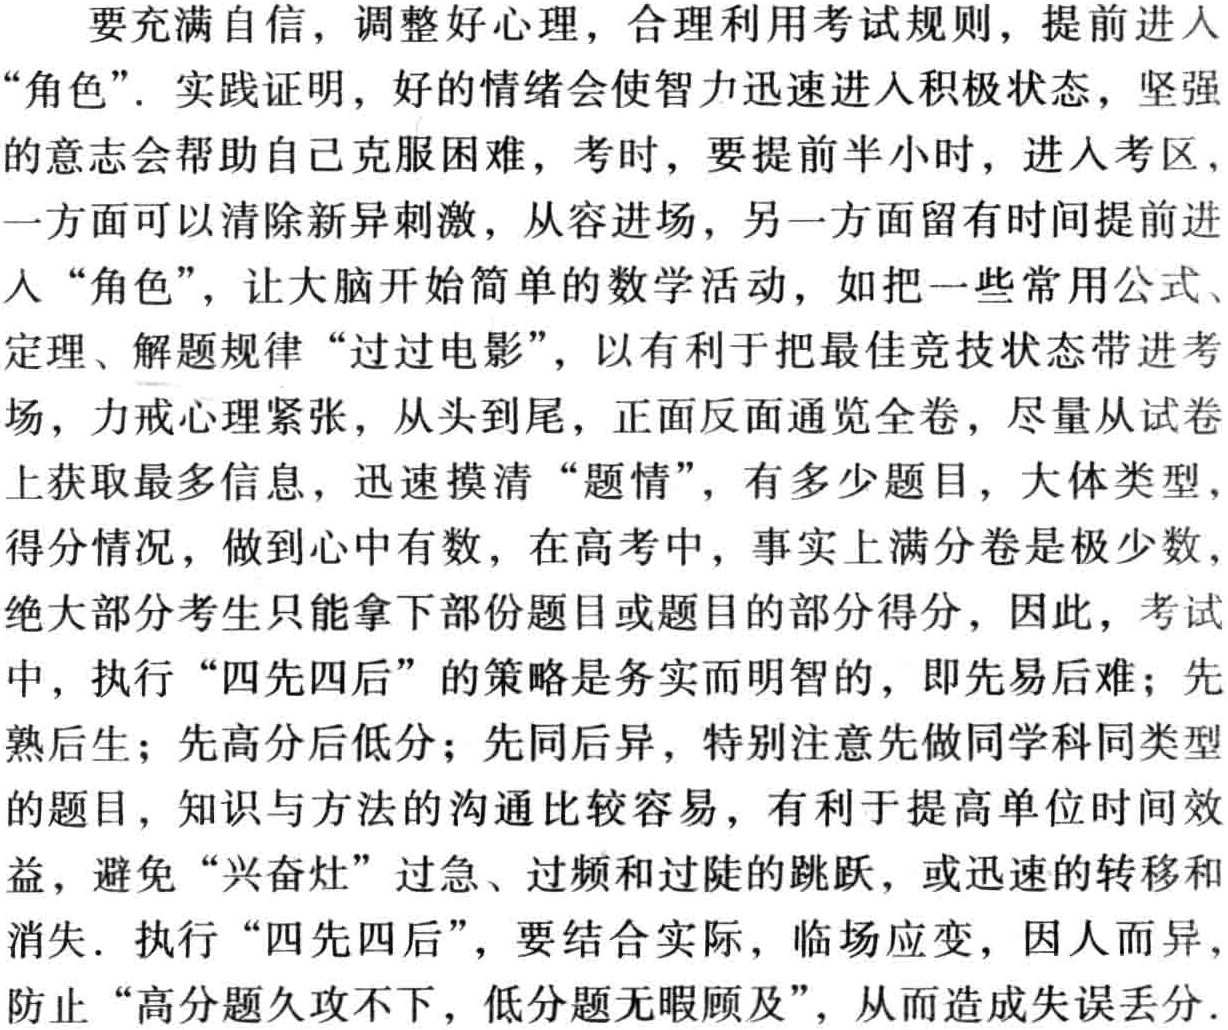
要充满自信，调整好心理，合理利用考试规则，提前进入“角色”. 实践证明，好的情绪会使智力迅速进入积极状态，坚强的意志会帮助自己克服困难，考时，要提前半小时，进入考区，一方面可以清除新异刺激，从容进场，另一方面留有时间提前进入“角色”，让大脑开始简单的数学活动，如把一些常用公式、定理、解题规律“过过电影”，以有利于把最佳竞技状态带进考场，力戒心理紧张，从头到尾，正面反面通览全卷，尽量从试卷上获取最多信息，迅速摸清“题情”，有多少题目，大体类型，得分情况，做到心中有数，在高考中，事实上满分卷是极少数，绝大部分考生只能拿下部份题目或题目的部分得分，因此，考试中，执行“四先四后”的策略是务实而明智的，即先易后难；先熟后生；先高分后低分；先同后异，特别注意先做同学科同类型的题目，知识与方法的沟通比较容易，有利于提高单位时间效益，避免“兴奋灶”过急、过频和过陡的跳跃，或迅速的转移和消失. 执行“四先四后”，要结合实际，临场应变，因人而异，防止“高分题久攻不下，低分题无暇顾及”，从而造成失误丢分.